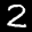
Label: 2